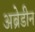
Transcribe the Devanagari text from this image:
अब्रेडीन